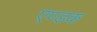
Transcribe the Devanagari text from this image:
एण्डक